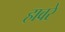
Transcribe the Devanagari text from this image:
हावरे